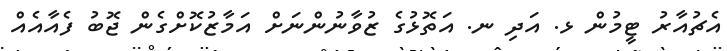
އެޗުއާރު ޓީމުން ޅ. އަދި ނ. އަތޮޅުގެ ޒުވާނުންނަށް އަމާޒުކޮށްގެން ޖޮބު ފެއާއެއް